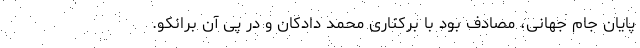
پایان جام جهانی، مصادف بود با برکناری محمد دادکان و در پی آن برانکو.